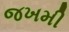
જખમી